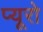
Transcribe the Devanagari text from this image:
प्यूरो